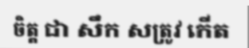
ចិត្ត ជា សឹក សត្រូវ កើត